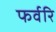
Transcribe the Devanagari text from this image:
फर्वरि